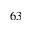
_ { 6 3 }